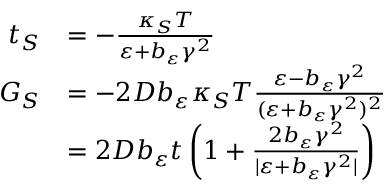
\begin{array} { r l } { t _ { S } } & { = - \frac { \kappa _ { S } T } { \varepsilon + b _ { \varepsilon } \gamma ^ { 2 } } } \\ { G _ { S } } & { = - 2 D b _ { \varepsilon } \kappa _ { S } T \frac { \varepsilon - b _ { \varepsilon } \gamma ^ { 2 } } { ( \varepsilon + b _ { \varepsilon } \gamma ^ { 2 } ) ^ { 2 } } } \\ & { = 2 D b _ { \varepsilon } t \left( 1 + \frac { 2 b _ { \varepsilon } \gamma ^ { 2 } } { \vert \varepsilon + b _ { \varepsilon } \gamma ^ { 2 } \vert } \right) } \end{array}